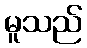
မူသည်